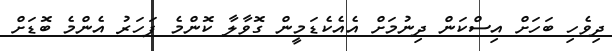
ދިވެހި ބަހަށް އިސްކަން ދިނުމަށް އެއެކެޑަމީން ގޮވާލާ ކޮންމެ ފަހަރު އެންމެ ބޮޑަށް